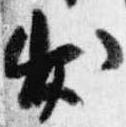
出